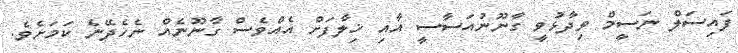
ފައިސަލް ނަސީމް ވިދާޅުވީ ގާނޫނުއަސާސީ އާއި ޚިލާފަށް އެއްވެސް ގާނޫނެއް ނެހެދޭނެ ކަމަށެވެ.